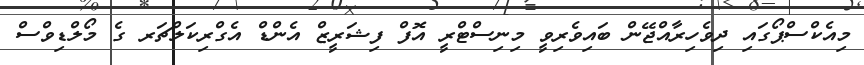
މިއެކްސްޕޯގައި ދިވެހިރާއްޖޭން ބައިވެރިވީ މިނިސްޓްރީ އޮފް ފިޝަރީޒް އެންޑް އެގްރިކަލްޗަރ ގެ މޯލްޑިވްސް